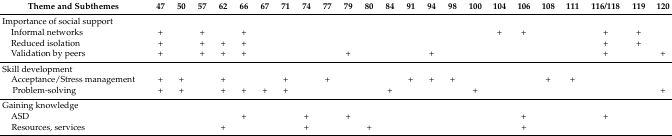
<table><thead><tr><td><b>Theme and Subthemes</b></td><td><b>47</b></td><td><b>50</b></td><td><b>57</b></td><td><b>62</b></td><td><b>66</b></td><td><b>67</b></td><td><b>71</b></td><td><b>74</b></td><td><b>77</b></td><td><b>79</b></td><td><b>80</b></td><td><b>84</b></td><td><b>91</b></td><td><b>94</b></td><td><b>98</b></td><td><b>100</b></td><td><b>104</b></td><td><b>106</b></td><td><b>108</b></td><td><b>111</b></td><td><b>116/118</b></td><td><b>119</b></td><td><b>120</b></td></tr></thead><tbody><tr><td>Importance of social support </td><td></td><td></td><td></td><td></td><td></td><td></td><td></td><td></td><td></td><td></td><td></td><td></td><td></td><td></td><td></td><td></td><td></td><td></td><td></td><td></td><td></td><td></td><td></td></tr><tr><td> Informal networks</td><td>+</td><td></td><td>+</td><td></td><td>+</td><td></td><td></td><td></td><td></td><td></td><td></td><td></td><td></td><td></td><td></td><td></td><td>+</td><td>+</td><td></td><td></td><td>+</td><td>+</td><td></td></tr><tr><td> Reduced isolation</td><td>+</td><td></td><td>+</td><td>+</td><td>+</td><td></td><td></td><td></td><td></td><td></td><td></td><td></td><td></td><td></td><td></td><td></td><td></td><td></td><td></td><td></td><td>+</td><td>+</td><td></td></tr><tr><td> Validation by peers</td><td>+</td><td></td><td>+</td><td>+</td><td>+</td><td></td><td></td><td></td><td></td><td>+</td><td></td><td></td><td></td><td>+</td><td></td><td></td><td></td><td></td><td></td><td></td><td>+</td><td></td><td>+</td></tr><tr><td>Skill development</td><td></td><td></td><td></td><td></td><td></td><td></td><td></td><td></td><td></td><td></td><td></td><td></td><td></td><td></td><td></td><td></td><td></td><td></td><td></td><td></td><td></td><td></td><td></td></tr><tr><td> Acceptance/Stress management</td><td>+</td><td>+</td><td></td><td>+</td><td></td><td></td><td>+</td><td></td><td>+</td><td></td><td></td><td></td><td>+</td><td>+</td><td>+</td><td></td><td></td><td></td><td>+</td><td>+</td><td></td><td></td><td></td></tr><tr><td> Problem-solving</td><td>+</td><td>+</td><td></td><td>+</td><td>+</td><td>+</td><td>+</td><td></td><td></td><td></td><td></td><td>+</td><td></td><td></td><td></td><td>+</td><td></td><td></td><td></td><td></td><td></td><td></td><td>+</td></tr><tr><td>Gaining knowledge</td><td></td><td></td><td></td><td></td><td></td><td></td><td></td><td></td><td></td><td></td><td></td><td></td><td></td><td></td><td></td><td></td><td></td><td></td><td></td><td></td><td></td><td></td><td></td></tr><tr><td> ASD</td><td></td><td></td><td></td><td></td><td>+</td><td></td><td></td><td>+</td><td></td><td>+</td><td></td><td></td><td></td><td></td><td></td><td></td><td></td><td>+</td><td></td><td></td><td>+</td><td></td><td></td></tr><tr><td> Resources, services</td><td></td><td></td><td></td><td>+</td><td></td><td></td><td></td><td>+</td><td></td><td></td><td>+</td><td></td><td></td><td></td><td></td><td></td><td></td><td>+</td><td></td><td></td><td></td><td></td><td></td></tr></tbody></table>